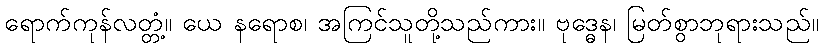
ရောက်ကုန်လတ္တံ့။ ယေ နရောစ၊ အကြင်သူတို့သည်ကား။ ဗုဒ္ဓေန၊ မြတ်စွာဘုရားသည်။